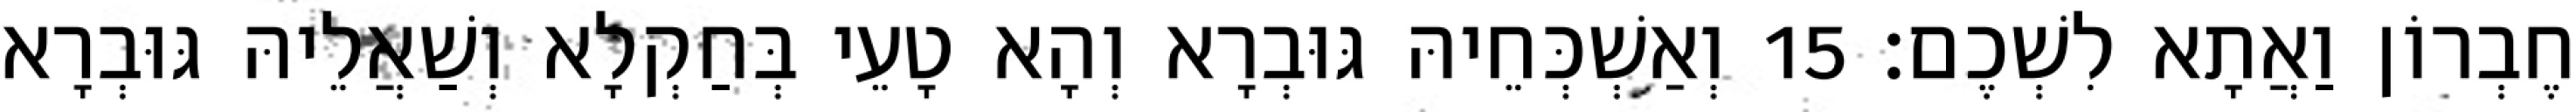
חֶבְרוֹן וַאֲתָא לִשְׁכֶם׃ 15 וְאַשְׁכְּחֵיהּ גּוּבְרָא וְהָא טָעֵי בְּחַקְלָא וְשַׁאֲלֵיהּ גּוּבְרָא